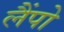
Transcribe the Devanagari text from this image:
लैंपो